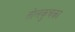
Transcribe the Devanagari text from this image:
तोलकुचका